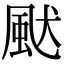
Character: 𩖮